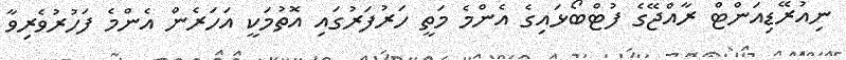
ނިއުރޭޑިއަންޓް ރާއްޖޭގެ ފުޓްބޯޅައިގެ އެންމެ މަތީ ހަރުފަރުގައި އޮތުމަކީ އަހަރެން އެންމެ ފަހުރުވެރިވާ